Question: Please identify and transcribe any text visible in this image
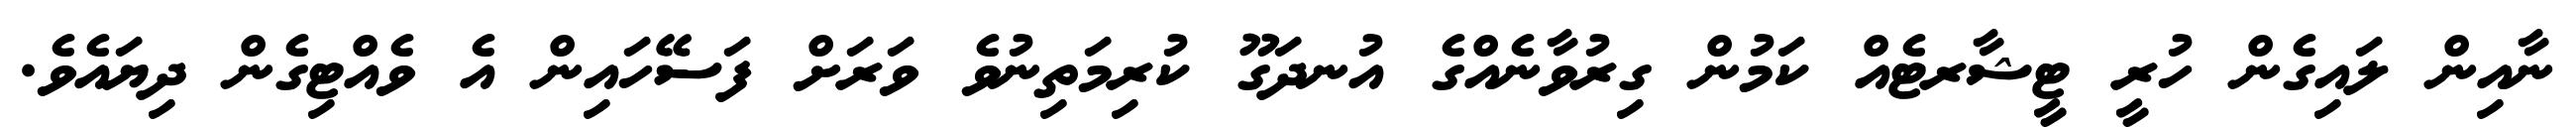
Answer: ނާއިން ލައިގެން ހުރީ ޓީޝާރޓެއް ކަމުން ގިރުވާނެއްގެ އުނދަގޫ ކުރިމަތިނުވެ ވަރަށް ފަސޭހައިން އެ ވެއްޓިގެން ދިޔައެވެ.